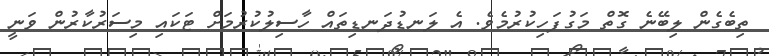
ތިބެގެން ލިބޭނެ ގޮތް މަގުފަހިކުރުމެވެ. އެ ލަނޑުދަނޑިތައް ހާސިލުކުރުމަށް ޓަކައި މިސަރުކާރުން ވަނީ